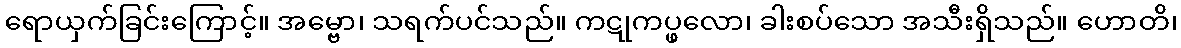
ရောယှက်ခြင်းကြောင့်။ အမ္ဗော၊ သရက်ပင်သည်။ ကဋုကပ္ဖလော၊ ခါးစပ်သော အသီးရှိသည်။ ဟောတိ၊